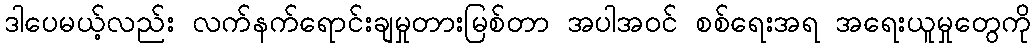
ဒါပေမယ့်လည်း လက်နက်ရောင်းချမှုတားမြစ်တာ အပါအဝင် စစ်ရေးအရ အရေးယူမှုတွေကို